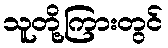
သူတို့ကြားတွင်